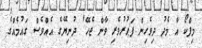
މިފްކޯ އާ މެދު ދިވެހިން ފަޙުރުވެރި ވާން ޖެހޭ' ދުނިޔޭގެ އެއްވެސް ގައުމެއްގެ